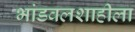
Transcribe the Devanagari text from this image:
भांडवलशाहीला